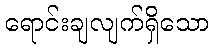
ရောင်းချလျက်ရှိသော